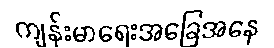
ကျန်းမာရေးအခြေအနေ